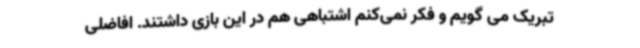
تبریک می گویم و فکر نمی‌کنم اشتباهی هم در این بازی داشتند. افاضلی